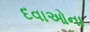
દવાઓના